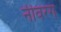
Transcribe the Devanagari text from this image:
नीवरग